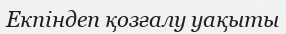
Екпіндеп қозғалу уақыты